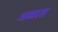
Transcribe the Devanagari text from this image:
अव्वास